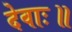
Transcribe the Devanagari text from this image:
देवाः॥